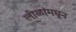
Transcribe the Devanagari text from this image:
लीळांमघून